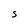
Character: S